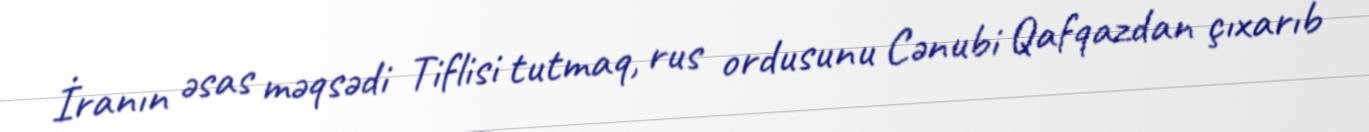
İranın əsas məqsədi Tiflisi tutmaq, rus ordusunu Cənubi Qafqazdan çıxarıb